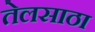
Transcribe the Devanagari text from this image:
तेलसाठा